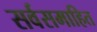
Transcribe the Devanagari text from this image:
सर्वसमाहित